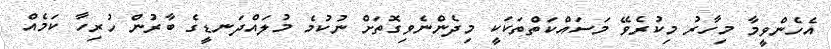
އެހެންވީމާ މިހާރު މިކުރެވޭ މަސައްކަތްތަކަކީ މިދެންނެވިގޮތަށް ނުކުމެ މުލައްދަނޑީގެ ބާރުން ހުރިހާ ކަމެއް